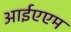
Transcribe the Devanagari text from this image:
आईएएम